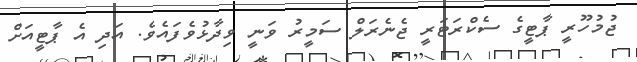
ޖުމުހޫރީ ޕާޓީގެ ސެކްރަޓަރީ ޖެނެރަލް ސަމީރު ވަނީ ވިދާޅުވެފައެވެ. އަދި އެ ޕާާޓީއަށް